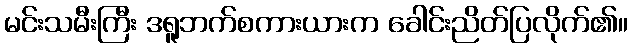
မင်းသမီးကြီး ဒရူဘက်စကားယားက ခေါင်းညိတ်ပြလိုက်၏။